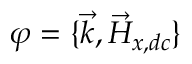
\varphi = \{ \vec { k } , \vec { H } _ { x , d c } \}